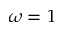
\omega = 1